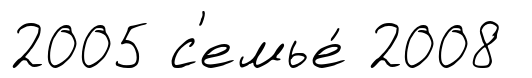
2005 с'емье́ 2008